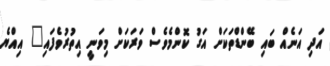
އަދި އަނެއް ބައި ބޭންޑްތަކަށް އަގު ކޮންމެވެސް ވަރަކަށް މިވަނީ އިތުރުވެފައި" އިއްޔެ